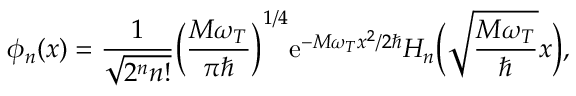
\phi _ { n } ( x ) = \frac { 1 } { \sqrt { 2 ^ { n } n ! } } \bigg ( \frac { M \omega _ { T } } { \pi \hbar } \bigg ) ^ { 1 / 4 } \mathrm { e } ^ { - M \omega _ { T } x ^ { 2 } / 2 \hbar } H _ { n } \bigg ( \sqrt { \frac { M \omega _ { T } } { \hbar } } x \bigg ) ,